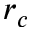
r _ { c }